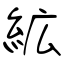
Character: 絋